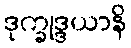
ဒုက္ခုဒ္ဒယာနိ